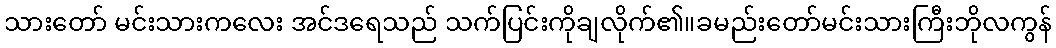
သားတော် မင်းသားကလေး အင်ဒရေသည် သက်ပြင်းကိုချလိုက်၏။ခမည်းတော်မင်းသားကြီးဘိုလကွန်